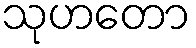
သုဟတော